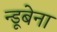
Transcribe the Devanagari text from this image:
न्डूबेना